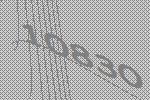
10830